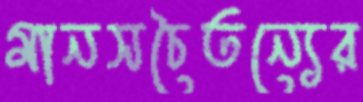
মানসচৈতন্যের